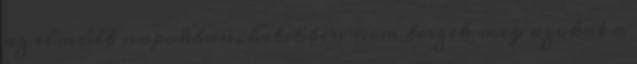
az elmúlt napokban, hetekben nem teszik meg azokat a